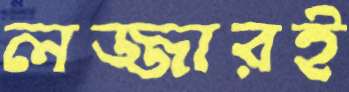
লজ্জারই